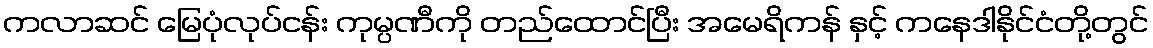
ကလာဆင် မြေပုံလုပ်ငန်း ကုမ္ပဏီကို တည်ထောင်ပြီး အမေရိကန် နှင့် ကနေဒါနိုင်ငံတို့တွင်